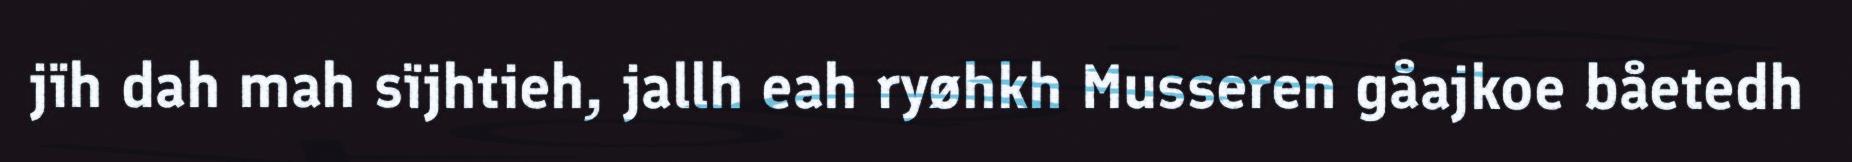
jïh dah mah sïjhtieh, jallh eah ryøhkh Musseren gåajkoe båetedh